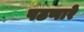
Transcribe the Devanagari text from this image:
पढणारे